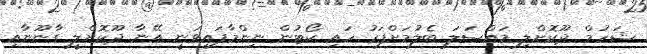
ޝަހުމް ދޫކޮށްލި މައްސަލަ ބެލުމަށްފަހު ހައި ކޯޓުން ނިންމާފައިވަނީ އޭނާ ދޫކޮށްލީ ގާނޫނާއި